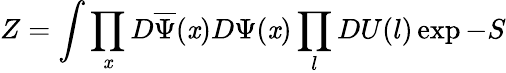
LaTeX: Z=\int\prod_{\mathit{x}}D\overline{{{{\Psi}}}}(\mathit{x})D\Psi(\mathit{x})\prod_{l}DU(l)\exp-S